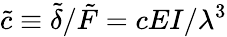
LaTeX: \tilde{c}\equiv\tilde{\delta}/\tilde{F}=cEI/\lambda^{3}